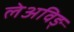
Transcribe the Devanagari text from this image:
लेअविङ्